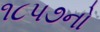
૧૮પ૭નો